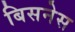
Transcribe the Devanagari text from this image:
बिसनेस